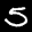
Label: 5